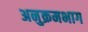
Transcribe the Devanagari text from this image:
अनुक्रमभाग